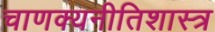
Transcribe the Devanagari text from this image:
चाणक्यनीतिशास्त्र